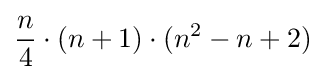
{\frac {n}{4}}\cdot (n+1)\cdot (n^{2}-n+2)